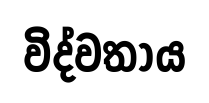
විද්වතාය